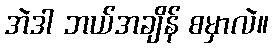
အဲဒါ ဘယ်အချိန် စမှာလဲ။